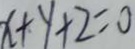
x + y + 2 = 0